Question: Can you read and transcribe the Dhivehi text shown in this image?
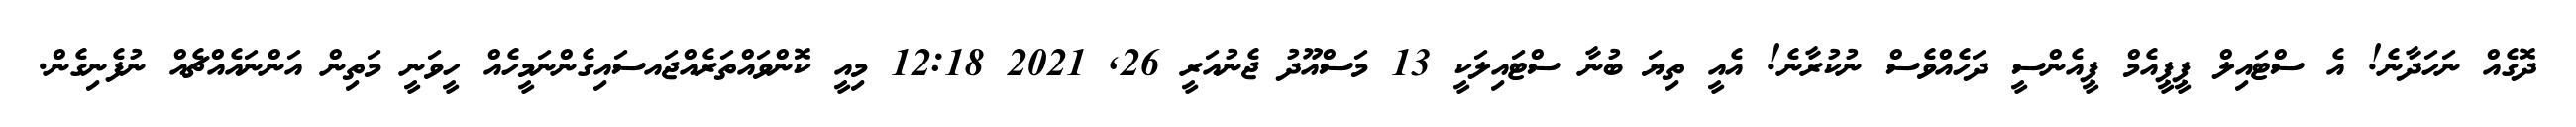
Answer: ދޮގެއް ނަހަދާނެ! އެ ސްޓައިލް ޕީޕީއެމް ޕީއެންސީ ދަހެއްވެސް ނުކުރާނެ! އެއީ ތިޔަ ބުނާ ސްޓައިލަކީ 13 މަސްއޫދު ޖެނުއަރީ 26, 2021 12:18 މިއީ ކޮންވައްތަރެއްޖައސައިގެންނަމީހެއް ހީވަނީ މަތިން އަންނައެއްޗެއް ނުފެނިގެން.